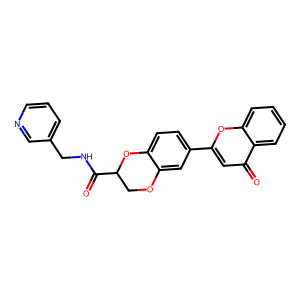
SMILES: O=C(NCc1cccnc1)C1COc2cc(-c3cc(=O)c4ccccc4o3)ccc2O1
Inhibits HIV replication: No